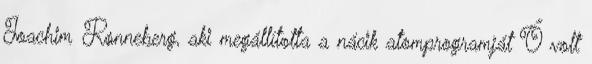
Joachim Rønneberg, aki megállította a nácik atomprogramját Ő volt